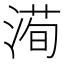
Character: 𱧵